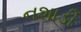
નશાડી